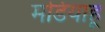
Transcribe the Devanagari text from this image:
मडियाहू